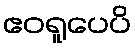
ဧဝရူပေပိ